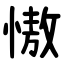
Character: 慠